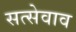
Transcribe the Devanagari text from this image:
सत्सेवाव